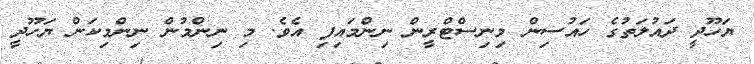
ޔަހޫދީ ދައުލަތުގެ ހައުސިން މިނިސްޓްރީން ނިންމައިފި އެވެ. މި ނިންމުން ނިންމިކަން ޔަހޫދީ